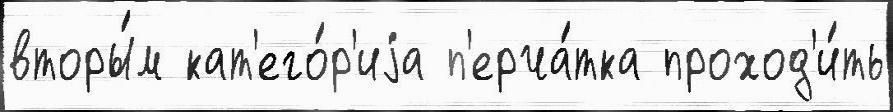
вторы́м кат'его́р'иjа п'ерча́тка проход'и́ть